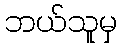
ဘယ်သူမှ